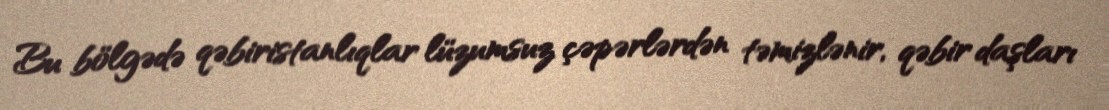
Bu bölgədə qəbiristanlıqlar lüzumsuz çəpərlərdən təmizlənir, qəbir daşları